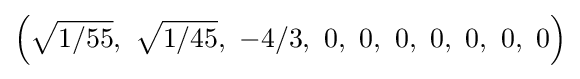
\left({\sqrt {1/55}},\ {\sqrt {1/45}},\ -4/3,\ 0,\ 0,\ 0,\ 0,\ 0,\ 0,\ 0\right)